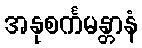
အနုစင်္ကမန္တာနံ